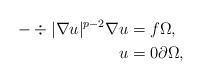
LaTeX: \begin{align*}-\div{\lvert \nabla u \rvert^{p-2} \nabla u} &= f \Omega, \\u &= 0 \partial \Omega, \end{align*}